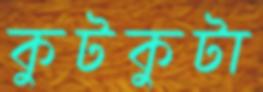
কুটকুটা